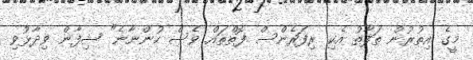
މީގެ އިތުރުން ތަފާތު އެކި ރިފަރެންސް ފޮތްތައް ވެސް ހުންނާނެ" ޝިފާން ވިދާޅުވި